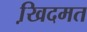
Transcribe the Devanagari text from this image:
खि़दमत